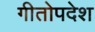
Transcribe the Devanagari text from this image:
गीतोपदेश